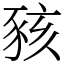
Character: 豥